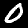
Label: 0